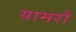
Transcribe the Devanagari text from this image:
यामरौ